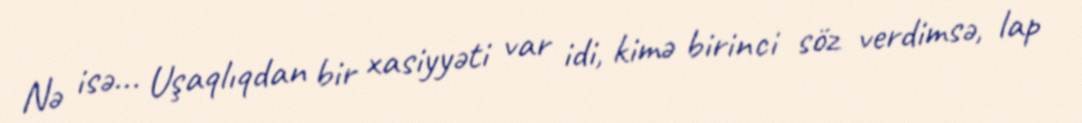
Nə isə... Uşaqlıqdan bir xasiyyəti var idi, kimə birinci söz verdimsə, lap